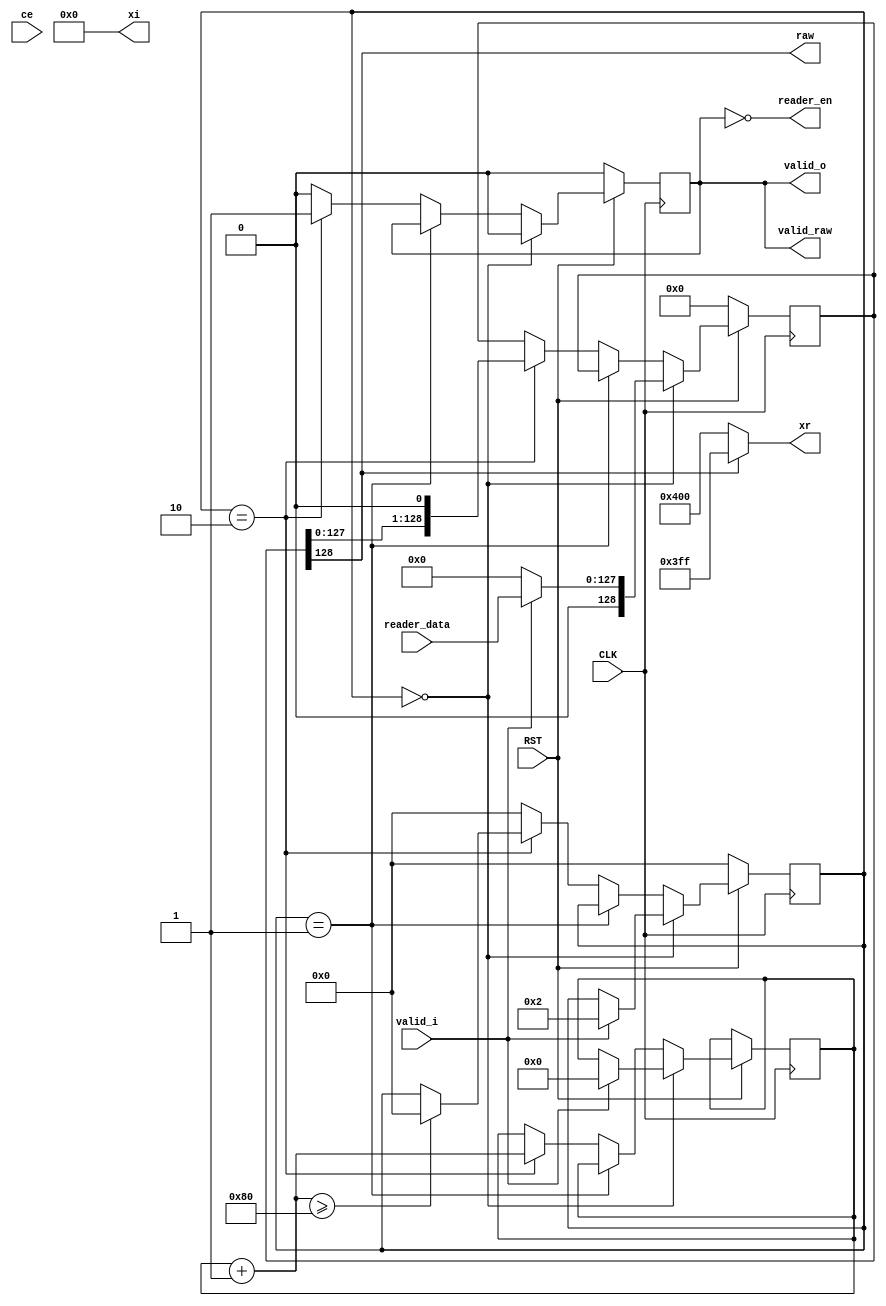

module iqmap_bpsk
  (
   input         CLK,
   input         RST,

   input         ce,
   
   input         valid_i,
   input [127:0] reader_data,
   output        reader_en,

   output [10:0] xr,
   output [10:0] xi,
   output        valid_o,

   output        valid_raw,
   output        raw
   );
	
   reg[3:0] state;
   wire[127:0] data;
   reg[7:0] bytes;
   reg valid_output;

   reg[128:0] zerodata;
   assign data = zerodata[128:1];

   // 0: idle
   // (1: reading)
   // 2: output

   assign reader_en = (valid_output == 0);
   assign valid_o = (valid_output == 1);
   assign valid_raw = (valid_output == 1);

   assign xr = (data[127] == 1) ? 1023 : -1024;
   assign xi = 0;
   assign raw = data[127];


   always @(posedge CLK) begin
      if(!RST) begin
         // reset 
         zerodata <= 0;
         valid_output <= 0;
         state <= 0;
      end else begin
         if(state == 0) begin
            zerodata <= 0;
            valid_output <= 0;
            // idle
            if(valid_i == 1) begin
               zerodata <= reader_data;
               state <= 2;
               bytes <= 0;
            end
         end else if (state == 1) begin
            // nothing
         end else if (state == 2) begin
            // output
            valid_output <= 1;
            zerodata = zerodata << 1;
            bytes = bytes + 1;

            if (bytes >= 128) begin
               // end
               state = 0;
            end
         end else begin
            valid_output <= 0;
            state <= 0;
         end
      end
   end


endmodule